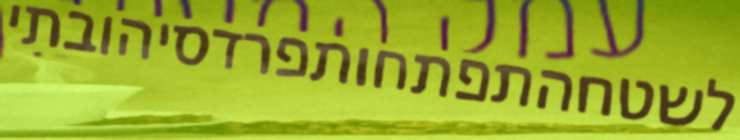
לשטחהתפתחותפרדסיהובתי